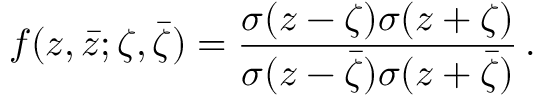
f ( z , \bar { z } ; \zeta , \bar { \zeta } ) = { \frac { \sigma ( { z - \zeta } ) \sigma ( { z + \zeta } ) } { \sigma ( { z - \bar { \zeta } } ) \sigma ( { z + \bar { \zeta } } ) } } \, .